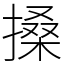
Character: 搡